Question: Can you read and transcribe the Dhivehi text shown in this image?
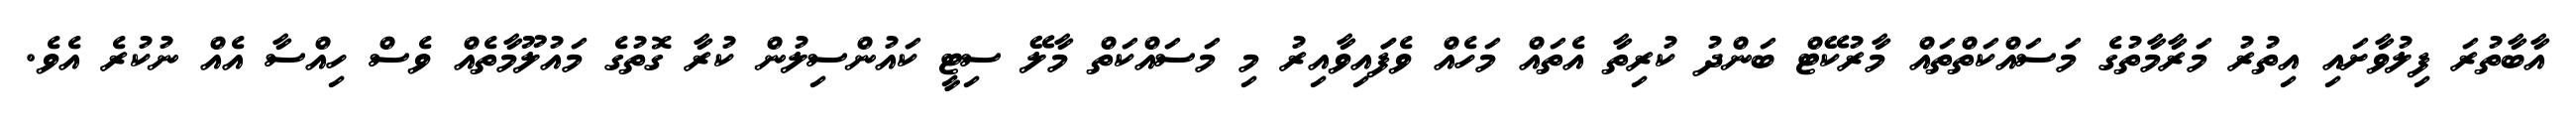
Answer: އާބާތުރަ ފިލުވާށައި އިތުރު މަރާމާތުގެ މަސައްކަތްތައް މާރުކޭޓް ބަންދު ކުރިތާ އެތައް މަހެއް ވެފަައިވާއިރު މި މަސައްކަތް މާލޭ ސިޓީ ކައުންސިލުން ކުރާ ގޮތުގެ މައުލޫމާތެއް ވެސް ހިއްސާ އެއް ނުކުރެ އެވެ.